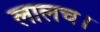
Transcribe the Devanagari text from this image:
लालच।